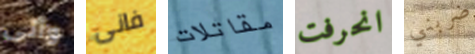
وأتى فانى مقاتلات انحرفت ضربني